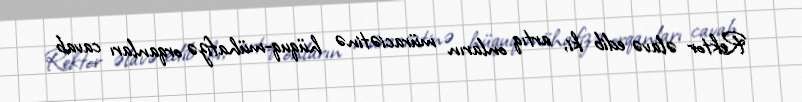
Rektor əlavə edib ki, artıq onların müraciətinə hüquq-mühafizə orqanları cavab